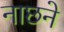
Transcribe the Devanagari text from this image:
नाछने